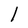
Character: l